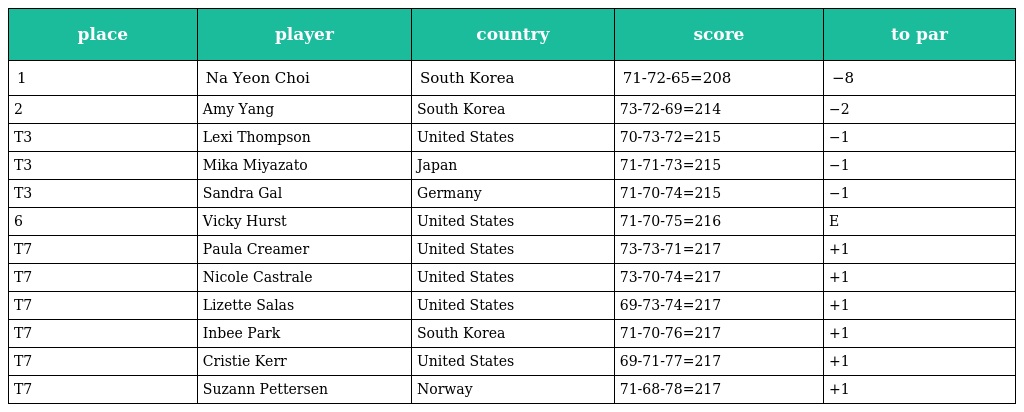
| place | player | country | score | to par |
 | --- | --- | --- | --- | --- |
 | 1 | Na Yeon Choi | South Korea | 71-72-65=208 | −8 |
 | 2 | Amy Yang | South Korea | 73-72-69=214 | −2 |
 | T3 | Lexi Thompson | United States | 70-73-72=215 | −1 |
 | T3 | Mika Miyazato | Japan | 71-71-73=215 | −1 |
 | T3 | Sandra Gal | Germany | 71-70-74=215 | −1 |
 | 6 | Vicky Hurst | United States | 71-70-75=216 | E |
 | T7 | Paula Creamer | United States | 73-73-71=217 | +1 |
 | T7 | Nicole Castrale | United States | 73-70-74=217 | +1 |
 | T7 | Lizette Salas | United States | 69-73-74=217 | +1 |
 | T7 | Inbee Park | South Korea | 71-70-76=217 | +1 |
 | T7 | Cristie Kerr | United States | 69-71-77=217 | +1 |
 | T7 | Suzann Pettersen | Norway | 71-68-78=217 | +1 |